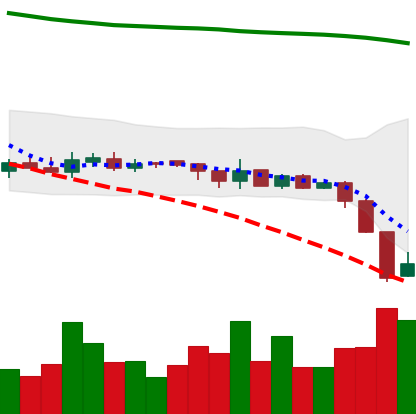
Ticker: XRP-USD
Chart end date: 2018-08-09
Forward return: -20.907%
Label: down_7plus